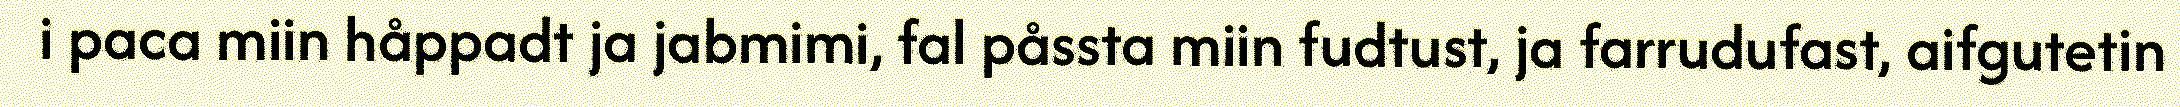
i paca miin håppadt ja jabmimi, fal påssta miin fudtust, ja farrudufast, aifgutetin